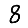
Digit: 8